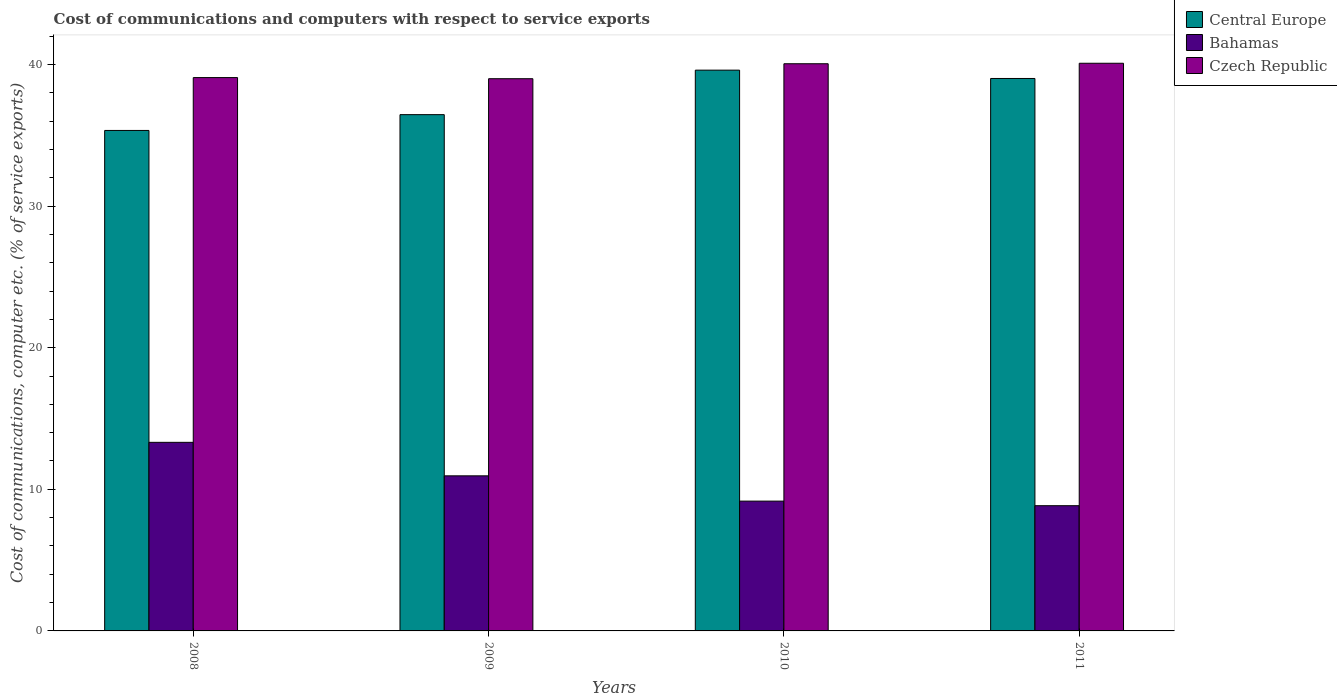
| Years | Central Europe | Bahamas | Czech Republic |
 | --- | --- | --- | --- |
 | 2008 | 35.3 | 13.3 | 39.1 |
 | 2009 | 36.5 | 11 | 39 |
 | 2010 | 39.6 | 9.17 | 40.1 |
 | 2011 | 39 | 8.84 | 40.1 |